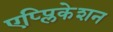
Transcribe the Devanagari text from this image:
एप्प्लिकेशन